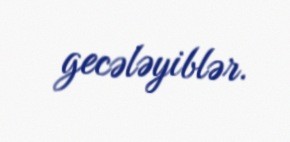
gecələyiblər.